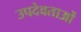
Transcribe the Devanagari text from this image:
उपदेवताओं